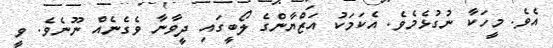
އެވެ. މީހަކާ ނުގުޅެމެވެ. އެކަމަކު އަޒްޔާންގެ ލޯބީގައި ދީވާނާ ވެގެނެއް ނޫނެވެ. ވީ